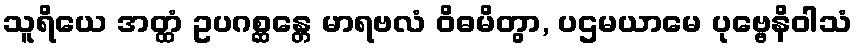
သူရိယေ အတ္ထံ ဥပဂစ္ဆန္တေ မာရဗလံ ဝိဓမိတွာ, ပဌမယာမေ ပုဗ္ဗေနိဝါသံ